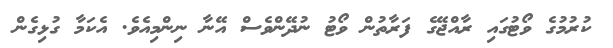
ކުރުމުގެ ވޯޓުގައި ރާއްޖޭގެ ފަރާތުން ވޯޓު ނުދޭންވެސް އޭނާ ނިންމިއެވެ. އެކަމާ ގުޅިގެން